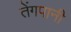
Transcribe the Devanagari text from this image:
तेंगपानी